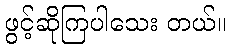
ဖွင့်ဆိုကြပါသေး တယ်။